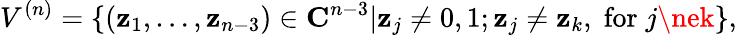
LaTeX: V^{(n)}=\{ (\mathbf{z}_{1},\ldots,\mathbf{z}_{n-3})\in{\mathbf{C}}^{n-3}|\mathbf{z}_{j}\ne0,1;\mathbf{z}_{j}\ne\mathbf{z}_{k},\; \mathrm{{for}}\; j\nek\} ,